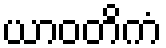
ယာဝတိကံ